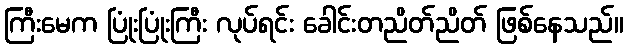
ကြီးမေက ပြုံးပြုံးကြီး လုပ်ရင်း ခေါင်းတညိတ်ညိတ် ဖြစ်နေသည်။